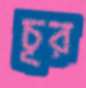
চূর